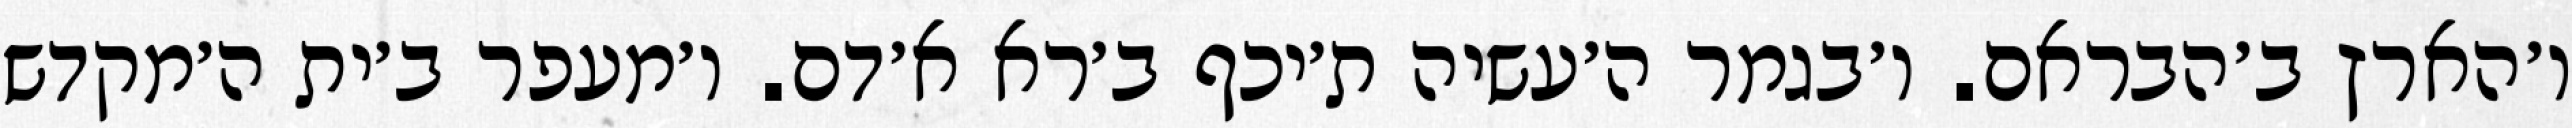
ו׳הארץ ב׳הבראם. ו׳בגמר ה׳עשיה ת׳יכף ב׳רא א׳דם. ו׳מעפר ב׳ית ה׳מקדש